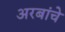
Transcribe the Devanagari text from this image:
अरबांचे